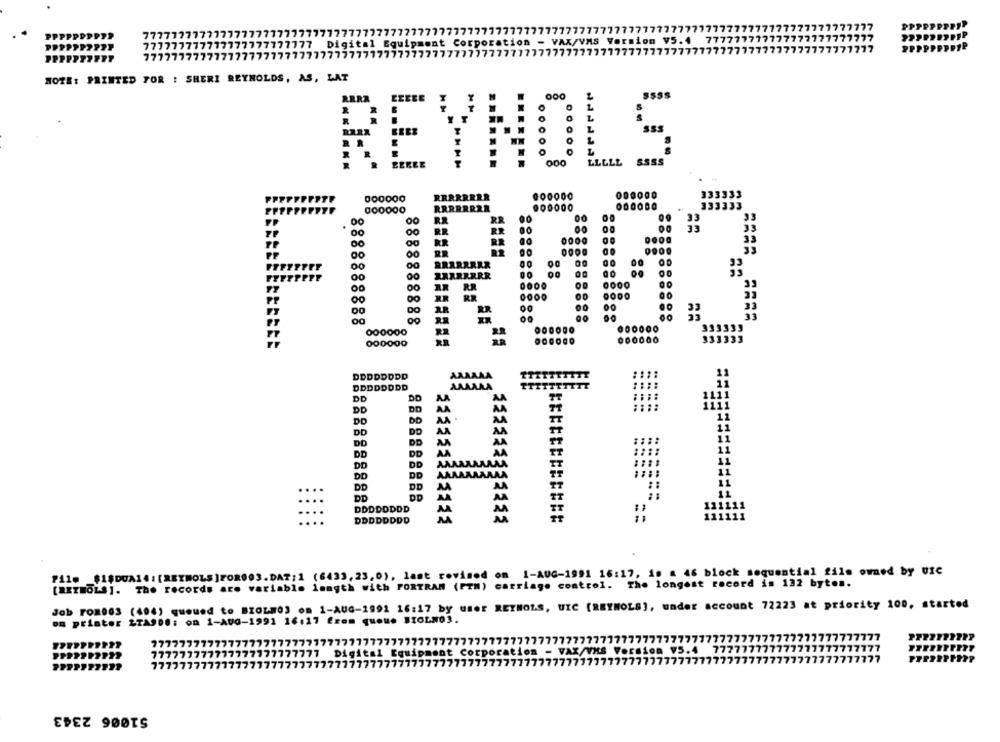
7777777777777
PPPPPDPPTP
7777777777777777777777777777777
PPPPPPPPPP
777777777777777777777777 Digit
AX/VAS
Versi
77
PPPPPPSP
PPPPPPOPYT
777777777777777777777777777777
NOTE: PRINTED FOR : SHERI REYNOLDS, AS, LAT
REYNOLS
333333
000000
RRRRRRRR
333333
33
33
33
00
FORDE
33
88888
8888888888
60
33
333333
333333
000000
DDDDDDDD
AAAAAA
TTTTTTTTTT
DDDDDDDD
AAAAAA
11
TTTTTTTT
1111
DD
DD
AA
DD
DD
AA
AA
11
DO
DD
AA .
DD
11
DD
AA
DO
DD
DD
AA
AA
11
DD
11
DD
DD
DD
AAAAAAAAAA
11
DD
DD
DD
AA
11
DD
DD
DDDDDDDD
MA
111111
DDDDDDDD
==
111111
Pile $1$DUA14:[REYNOLS]FOR003.DAT;1 (6433, 23,0), last revised on 1-AUG-1991 16:17, is a 46 block sequential file owned by UIC
[REIMOLS]. The records are variable length with FORTRAN (FTM) carriage control. The longest record is 132 bytes.
Job FOR003 (404) queued to BIOLNO3 om 1-AUG-1991 16:17 by user RETNOLS, UIC [REYNOLS], under account 72223 at priority 100, started
on printer 2TA9D .: on 1-AUG-1991 16:27 from queue BIOLN03.
LLLL
77777777777777777777777777777777777777777777777777777777777777777777777777777777777777777777777777777777
7777
777777777777777777777777
Digital Ce
777777777777777777777777777777777777777777777
PPPPPPI
PPPPFFFFF2
77777777777777777777777
777777
777777777777777777
51006 2343